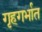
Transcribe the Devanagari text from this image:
गृहगर्भात